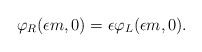
\begin{align*}\varphi_R(\epsilon m, 0)=\epsilon \varphi_L(\epsilon m,0).\vspace{0.5in}\end{align*}